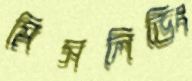
মিসলিডিং